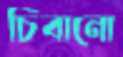
চিবানো